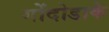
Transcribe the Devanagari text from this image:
गोंदोडाके